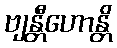
ဗျန္တီဟောန္တိ